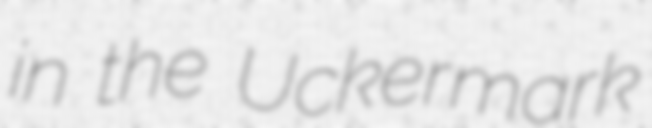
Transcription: in the Uckermark